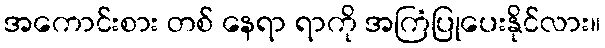
အကောင်းစား တစ် နေရာ ရာကို အကြံပြုပေးနိုင်လား။